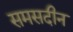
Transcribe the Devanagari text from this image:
समसदीन